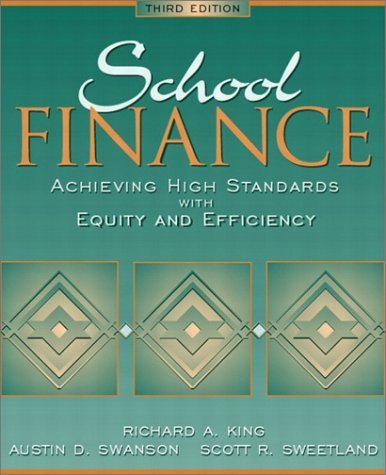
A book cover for School Finance: Achieving High Standards with Equity and Efficiency: 3rd (Third) edition; Austin D. Swanson, Scott R. Sweetland, Scott R. Sweetland (With), Richard A. King (With) Richard A. King; Education & Teaching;